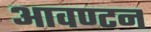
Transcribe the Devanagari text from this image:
आवण्टन